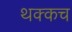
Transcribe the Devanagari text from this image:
थक्कच